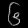
Digit: ၆